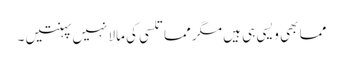
مما بھی ویسی ہی ہیں مگر مما تلسی کی مالا نہیں پہنتیں ۔